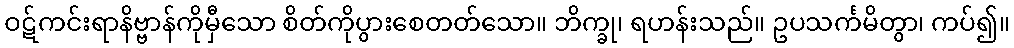
ဝဋ်ကင်းရာနိဗ္ဗာန်ကိုမှီသော စိတ်ကိုပွားစေတတ်သော။ ဘိက္ခု၊ ရဟန်းသည်။ ဥပသင်္ကမိတွာ၊ ကပ်၍။